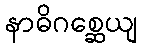
နာဓိဂစ္ဆေယျ